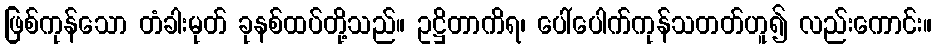
ဖြစ်ကုန်သော တံခါးမုတ် ခုနစ်ထပ်တို့သည်။ ဥဋ္ဌိတာကိရ၊ ပေါ်ပေါက်ကုန်သတတ်ဟူ၍ လည်းကောင်း။